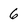
Character: 6